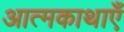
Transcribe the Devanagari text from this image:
आत्मकाथाएँ